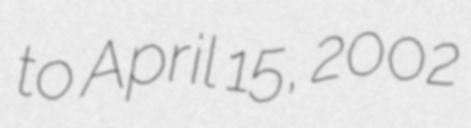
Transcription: to April 15, 2002